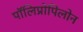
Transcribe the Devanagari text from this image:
पॉलिप्रोपिलोन